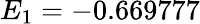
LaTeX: E_{1}=-0.669777